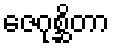
ဇေဂုစ္ဆိတာ